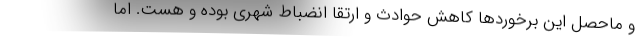
و ماحصل این برخوردها کاهش حوادث و ارتقا انضباط شهری بوده و هست. اما